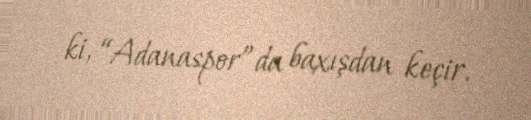
ki, “Adanaspor”da baxışdan keçir.